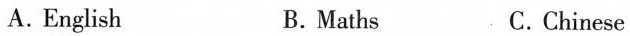
A. English B. Maths C. Chinese